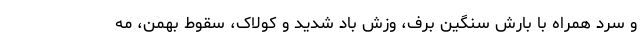
و سرد همراه با بارش سنگین برف، وزش باد شدید و کولاک، سقوط بهمن، مه